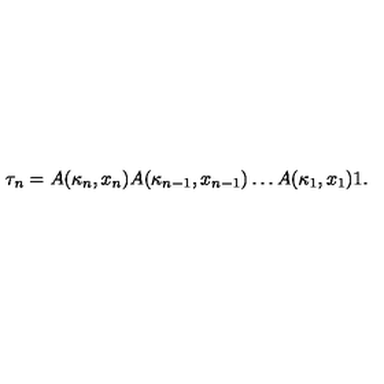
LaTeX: \tau _ { n } = A ( \kappa _ { n } , x _ { n } ) A ( \kappa _ { n - 1 } , x _ { n - 1 } ) \dots A ( \kappa _ { 1 } , x _ { 1 } ) 1 .